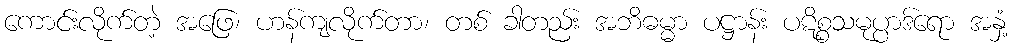
ကောင်းလိုက်တဲ့ အဖြေ၊ ဟန်ကျလိုက်တာ၊ တစ် ခါတည်း အဘိဓမ္မာ ပဋ္ဌာန်း ပဋိစ္စသမုပ္ပာဒ်ရော အနှံ့